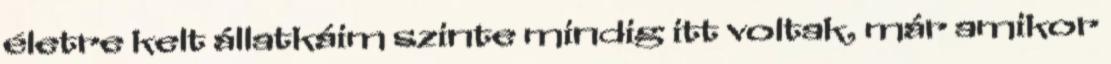
életre kelt állatkáim szinte mindig itt voltak, már amikor